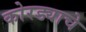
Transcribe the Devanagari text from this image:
कोरड्याचे